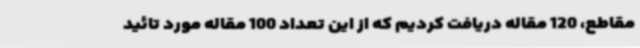
مقاطع، 120 مقاله دریافت کردیم که از این تعداد 100 مقاله مورد تائید